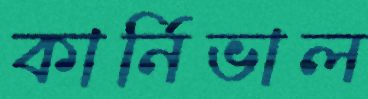
কার্নিভাল